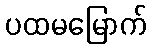
ပထမမြောက်